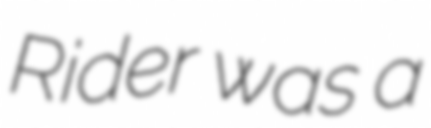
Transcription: Rider was a